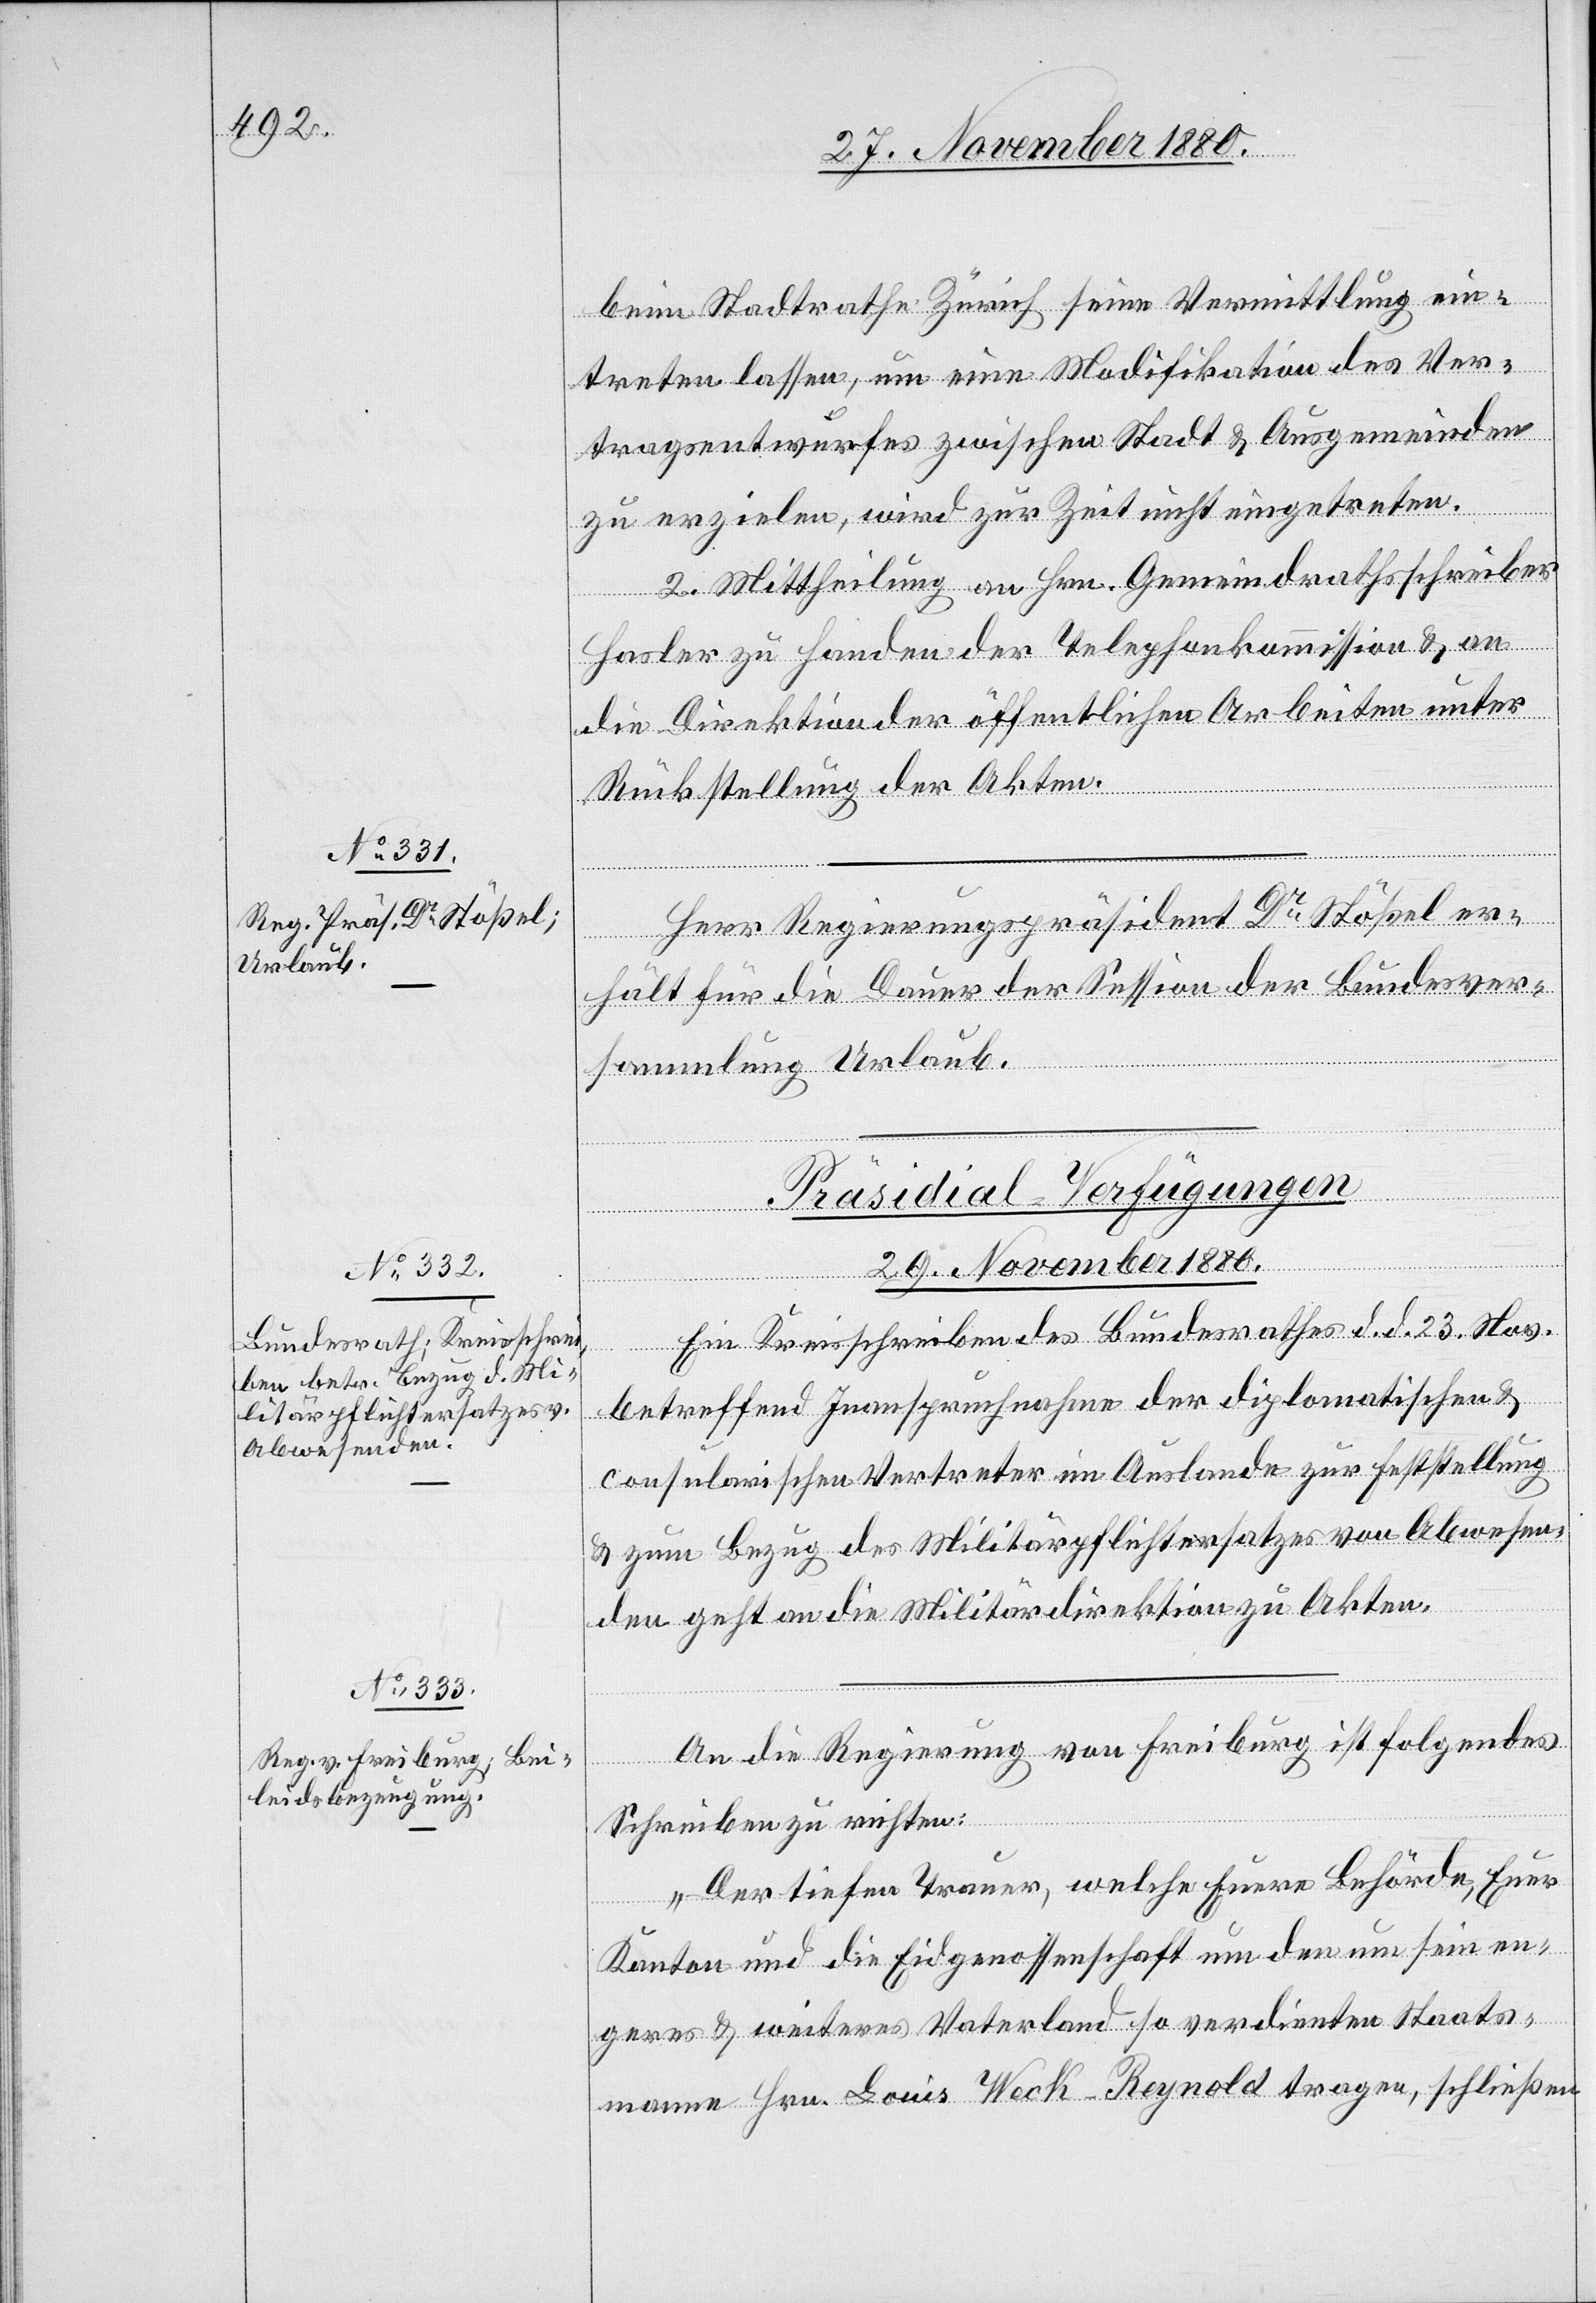
beim Stadtrathe Zürich seine Vermittlung ein¬
treten lassen, um eine Modifikation des Ver¬
tragsentwurfes zwischen Stadt & Ausgemeinden
zu erzielen, wird zur Zeit nicht eintreten.
2. Mittheilung an Hrn. Gemeindrathsschreiber
Hasler zu Handen der Telephonkommission & an
die Direktion der öffentlichen Arbeiten unter
Rückstellung der Akten.
Herr Regierungsrathspräsident Dr Stößel er¬
hält für die Dauer der Session der Bundesver¬
sammlung Urlaub.
[Präsidial-Verfügungen
29. November 1880.]
Ein Kreisschreiben des Bundesrathes d. d. 23. Nov.
betreffend Inanspruchnahme der diplomatischen &
consularischen Vertreter im Auslande zur Feststellung
& zum Bezug des Militärpflichtersatzes von Abwesen¬
den geht an die Militärdirektion zu Akten.
An die Regierung von Freiburg ist folgendes
Schreiben zu richten:
„Der tiefen Trauer, welche Euere Behörde, Euer
Kanton und die Eidgenossenschaft um den um sein en¬
geres & weiteres Vaterland so verdienten Staats¬
mann Hrn. Louis Weck-Reynold tragen, schließen